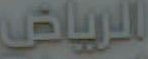
الرياض